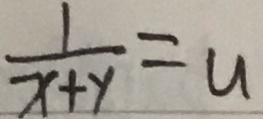
\frac { 1 } { x + y } = u